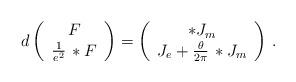
LaTeX: \begin{align*}d \left( \begin{array}{c} F\\ \frac{1}{e^2}\,*F\end{array}\right) = \left( \begin{array}{c} *J_m\\*J_e+\frac{\theta}{2\pi}\, *J_m\end{array}\right)\,.\end{align*}